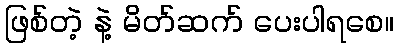
ဖြစ်တဲ့ နဲ့ မိတ်ဆက် ပေးပါရစေ။